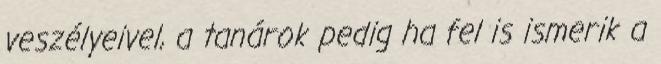
veszélyeivel, a tanárok pedig ha fel is ismerik a